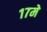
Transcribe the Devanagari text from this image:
१७मे